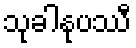
သုခါနုပဿီ